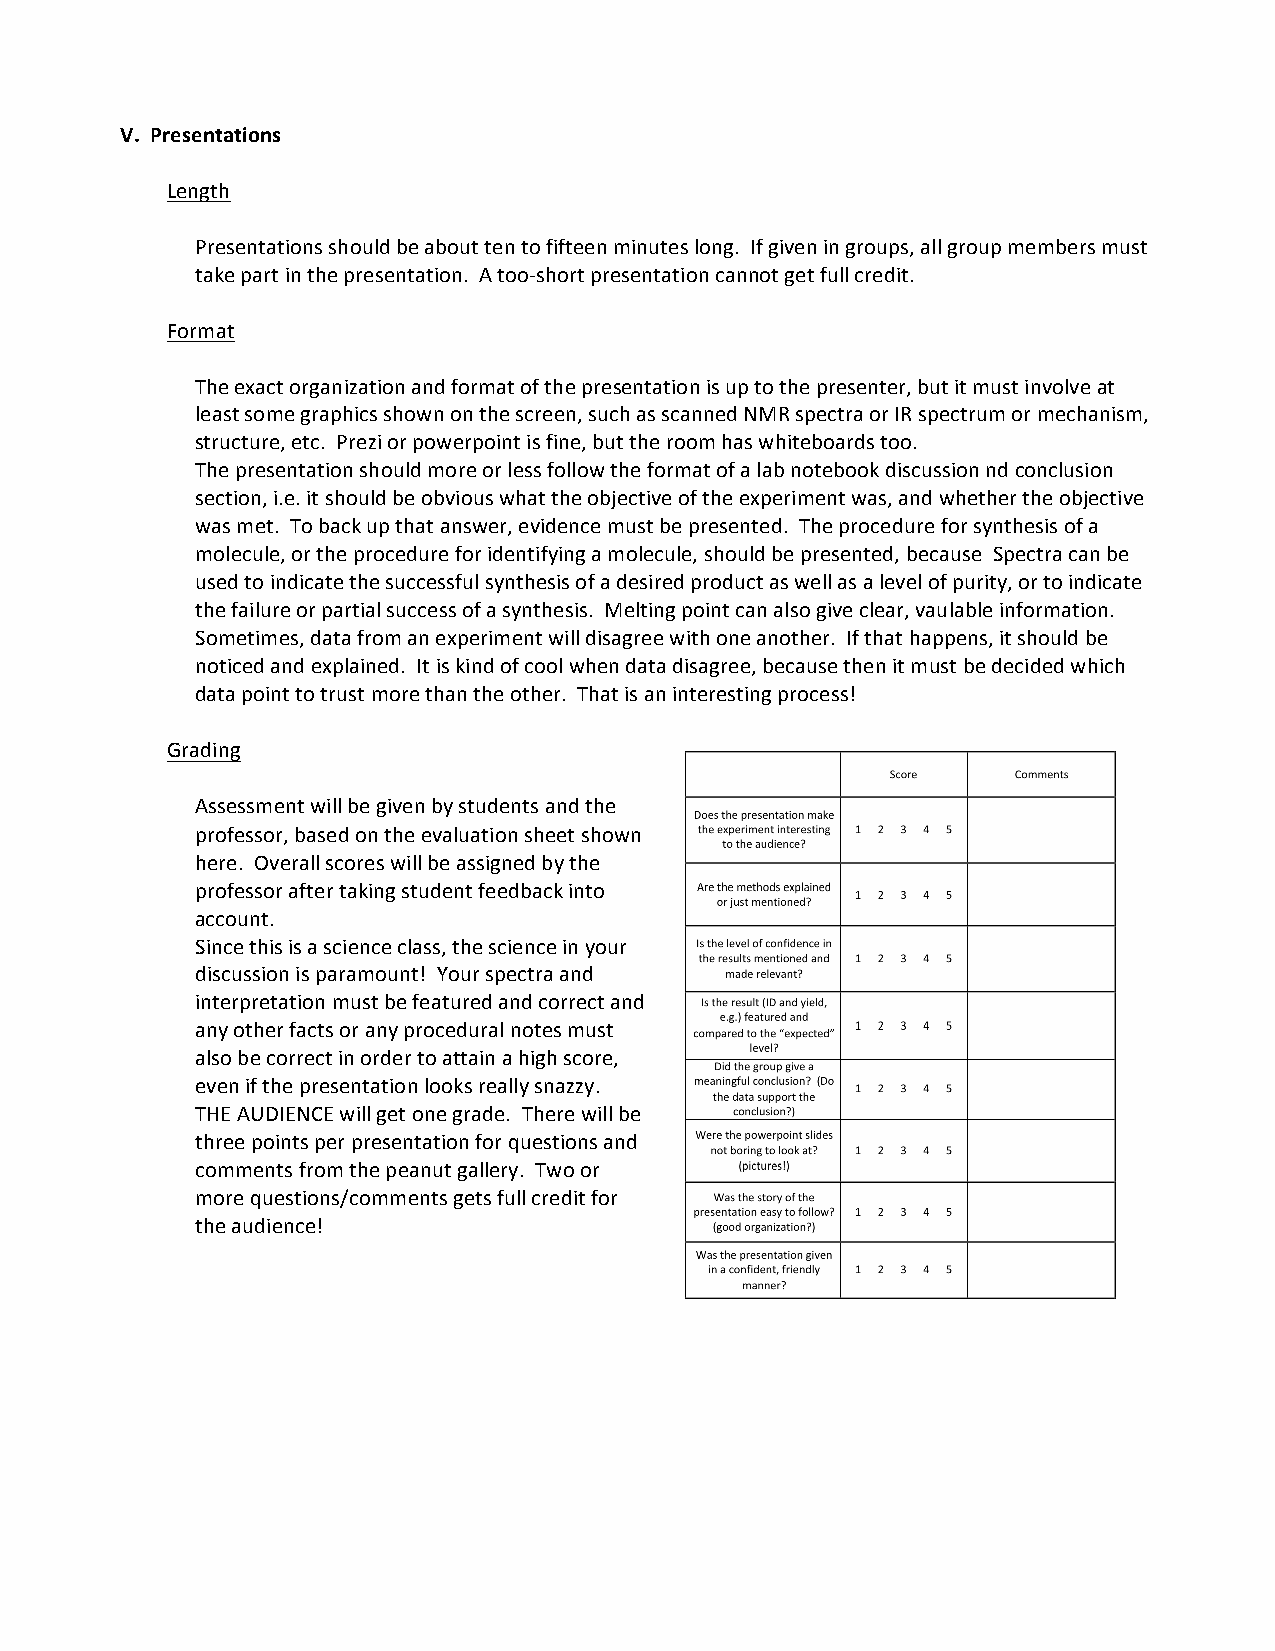
V. Presentations
 Length
 Presentations should be about ten to fifteen minutes long. If given in groups, all group members must
 take part in the presentation. A too-­‐short presentation cannot get full credit.
 Format
 The exact organization and format of the presentation is up to the presenter, but it must involve at
 least some graphics shown on the screen, such as scanned NMR spectra or IR spectrum or mechanism,
 structure, etc. Prezi or powerpoint is fine, but the room has whiteboards too.
 The presentation should more or less follow the format of a lab notebook discussion nd conclusion
 section, i.e. it should be obvious what the objective of the experiment was, and whether the objective
 was met. To back up that answer, evidence must be presented. The procedure for synthesis of a
 molecule, or the procedure for identifying a molecule, should be presented, because Spectra can be
 used to indicate the successful synthesis of a desired product as well as a level of purity, or to indicate
 the failure or partial success of a synthesis. Melting point can also give clear, vaulable information.
 Sometimes, data from an experiment will disagree with one another. If that happens, it should be
 noticed and explained. It is kind of cool when data disagree, because then it must be decided which
 data point to trust more than the other. That is an interesting process!
 Grading
 Assessment will be given by students and the
 professor, based on the evaluation sheet shown
 here. Overall scores will be assigned by the
 professor after taking student feedback into
 account.
 Since this is a science class, the science in your
 discussion is paramount! Your spectra and
 interpretation must be featured and correct and
 any other facts or any procedural notes must
 also be correct in order to attain a high score,
 even if the presentation looks really snazzy.
 THE AUDIENCE will get one grade. There will be
 three points per presentation for questions and
 comments from the peanut gallery. Two or
 more questions/comments gets full credit for
 the audience!